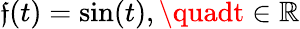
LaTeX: \mathfrak{f}(t)=\sin(t),\quadt\in\mathbb{{R}}